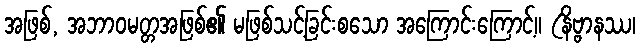
အဖြစ်, အဘာဝမတ္တအဖြစ်၏ မဖြစ်သင့်ခြင်းစသော အကြောင်းကြောင့်။ (နိဗ္ဗာနဿ၊